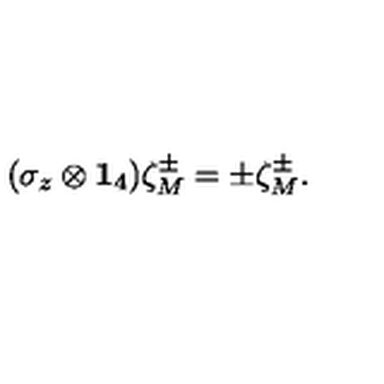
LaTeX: ( \sigma _ { z } \otimes { \bf 1 } _ { 4 } ) \zeta _ { M } ^ { \pm } = \pm \zeta _ { M } ^ { \pm } .